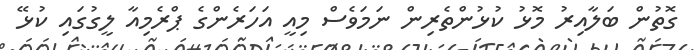
ގޮތުން ބަލާއިރު މޮޅު ކުޅުންތެރިން ނަމަވެސް މިއީ އަހަރެންގެ ޕްރެމިއާ ލީގުގައި ކުޅޭ